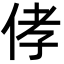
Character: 侾